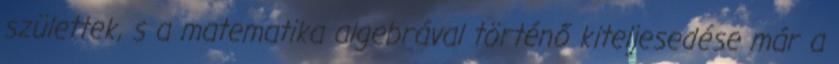
születtek, s a matematika algebrával történő kiteljesedése már a